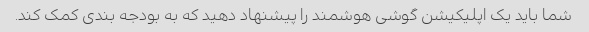
شما باید یک اپلیکیشن گوشی هوشمند را پیشنهاد دهید که به بودجه بندی کمک کند.